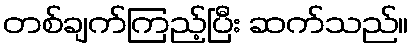
တစ်ချက်ကြည့်ပြီး ဆက်သည်။